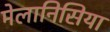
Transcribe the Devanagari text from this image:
मेलानिसिया